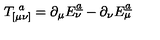
T _ { [ \mu \nu ] } ^ { \ a } = \partial _ { \mu } E _ { \nu } ^ { \underline { { a } } } - \partial _ { \nu } E _ { \mu } ^ { \underline { { a } } }